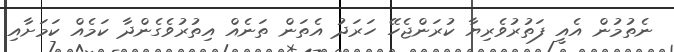
ނެތުމުން އެއީ ފަތުރުވެރިޔާ ކުރަންޖެހޭ ހަރަދު އެތަން ތަނެއް އިތުރުވެގެންދާ ކަމެއް ކަމަށާއި